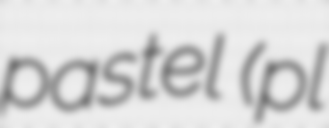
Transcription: pastel (pl